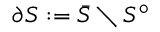
\partial S : = { \bar { S } } \setminus S ^ { \circ }